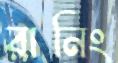
রানিং